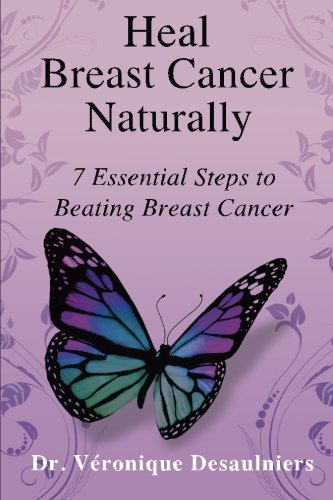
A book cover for Heal Breast Cancer Naturally: 7 Essential Steps to Beating Breast Cancer; Dr. Veronique Desaulniers; Health, Fitness & Dieting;